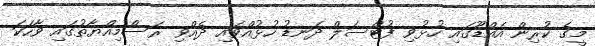
މީގެ ކުރިން އައްޑޫގައި ހުޅުވި ފުޓްސަލް ދަނޑު ހުޅުއްވައި ދެއްވި ރަސްމިއްޔާތުގައި ވާހަކަ